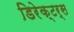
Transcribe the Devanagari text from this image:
डिरेक्टर्स